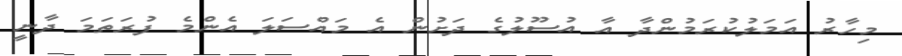
މިހާރު އަމަލުކުރަމުންދާ އާ އުސޫލުގެ ދަށުން އެ މައްސަލަ އެންމެ ފުރަތަމަ ދާނީ